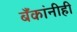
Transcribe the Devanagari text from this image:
बँकांनीही